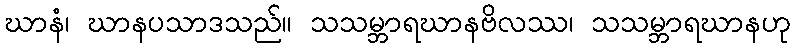
ဃာနံ၊ ဃာနပသာဒသည်။ သသမ္ဘာရဃာနဗိလဿ၊ သသမ္ဘာရဃာနဟု